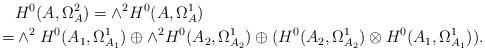
LaTeX: \begin{align*}& H^0(A,\Omega_A^2)=\wedge^2 H^0(A,\Omega_A^1) \\=& \wedge^2H^0(A_1,\Omega_{A_1}^1)\oplus\wedge^2 H^0(A_2,\Omega_{A_2}^1)\oplus (H^0(A_2,\Omega_{A_2}^1)\otimes H^0(A_1,\Omega_{A_1}^1)). \end{align*}